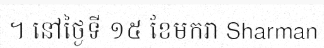
។ នៅថ្ងៃទី ១៥ ខែមករា Sharman